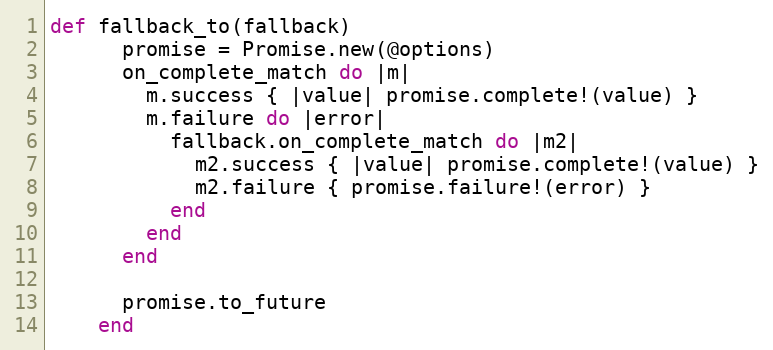
Language: Ruby
def fallback_to(fallback)
      promise = Promise.new(@options)
      on_complete_match do |m|
        m.success { |value| promise.complete!(value) }
        m.failure do |error|
          fallback.on_complete_match do |m2|
            m2.success { |value| promise.complete!(value) }
            m2.failure { promise.failure!(error) }
          end
        end
      end

      promise.to_future
    end